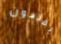
يفتحون